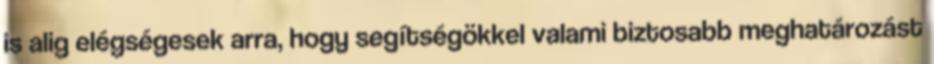
is alig elégségesek arra, hogy segítségökkel valami biztosabb meghatározást